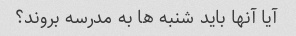
آیا آنها باید شنبه ها به مدرسه بروند؟